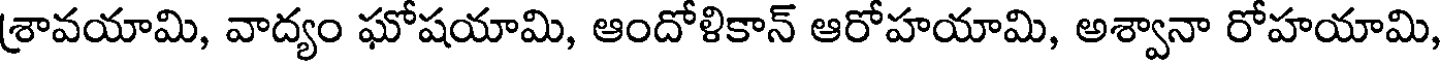
(శావయామి, వాద్యం ఘోషయామి, ఆందోళికాన్ ఆరోహయామి, అశ్వానా రోహయామి,